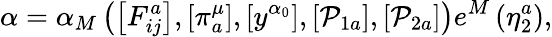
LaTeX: \alpha=\alpha_{M}\left(\left[F_{ij}^{a}\right],\left[\pi_{a}^{\mu}\right],\left[y^{\alpha_{0}}\right],\left[\mathcal{P}_{1a}\right],\left[\mathcal{P}_{2a}\right]\right)e^{M}\left(\eta_{2}^{a}\right),